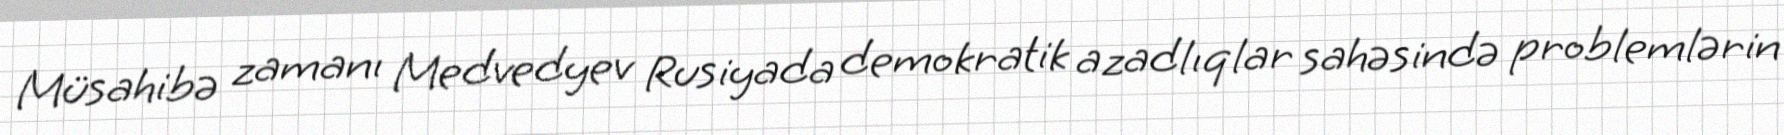
Müsahibə zamanı Medvedyev Rusiyada demokratik azadlıqlar sahəsində problemlərin